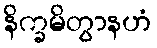
နိက္ခမိတွာနဟံ